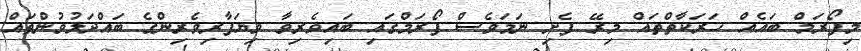
މިފޯރަމް ބައެއް ހަރަކާތްތައް މިރޭ ފެށި ނަމަވެސް ފޯރަމްގައި ބައިވެރިވާ ވިޔަފާރިވެރިންގެ ބައްދަލުވުންތައް